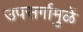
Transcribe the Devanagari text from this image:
उपसर्गामुळें